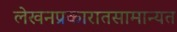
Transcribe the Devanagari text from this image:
लेखनप्रकारातसामान्यत